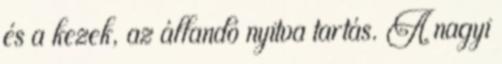
és a kezek, az állandó nyitva tartás. A nagyi